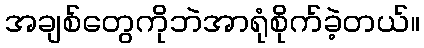
အချစ်တွေကိုဘဲအာရုံစိုက်ခဲ့တယ်။